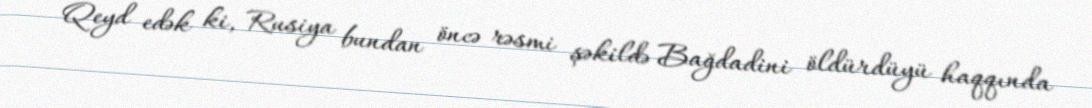
Qeyd edək ki, Rusiya bundan öncə rəsmi şəkildə Bağdadini öldürdüyü haqqında